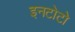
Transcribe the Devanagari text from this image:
इनटोटो